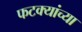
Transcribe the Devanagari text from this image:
फटक्यांच्या